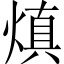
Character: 𤌭